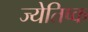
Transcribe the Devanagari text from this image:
ज्येतिष्क